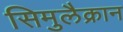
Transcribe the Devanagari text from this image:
सिमुलैक्रान